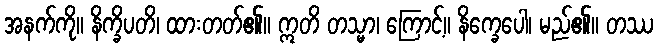
အနက်ကို။ နိက္ခိပတိ၊ ထားတတ်၏။ ဣတိ တသ္မာ၊ ကြောင့်။ နိက္ခေပေါ၊ မည်၏။ တဿ